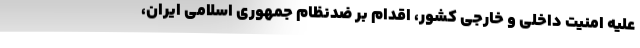
علیه امنیت داخلی و خارجی کشور، اقدام بر ضدنظام جمهوری اسلامی ایران،